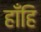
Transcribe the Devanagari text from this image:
हाँहि